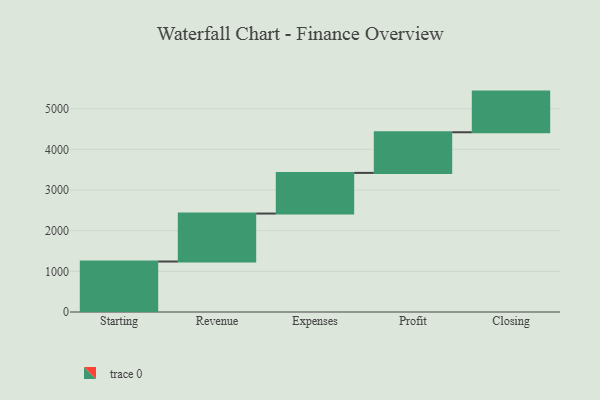
{"axis": {"x": "Step", "y": "Value"}, "legend": [""], "data": [{"x": "Starting", "y": 1242.0, "type": ""}, {"x": "Revenue", "y": 1180.0, "type": ""}, {"x": "Expenses", "y": 1000, "type": ""}, {"x": "Profit", "y": 1000, "type": ""}, {"x": "Closing", "y": 1000, "type": ""}]}